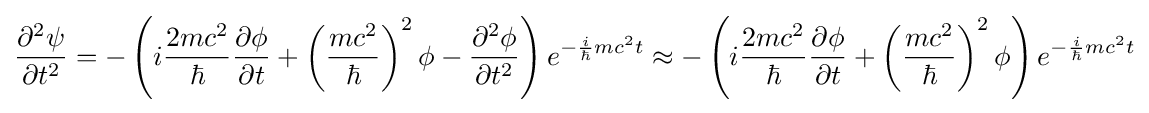
{\frac {\partial ^{2}\psi }{\partial t^{2}}}=-\left(i{\frac {2mc^{2}}{\hbar }}{\frac {\partial \phi }{\partial t}}+\left({\frac {mc^{2}}{\hbar }}\right)^{2}\phi -{\frac {\partial ^{2}\phi }{\partial t^{2}}}\right)e^{-{\frac {i}{\hbar }}mc^{2}t}\approx -\left(i{\frac {2mc^{2}}{\hbar }}{\frac {\partial \phi }{\partial t}}+\left({\frac {mc^{2}}{\hbar }}\right)^{2}\phi \right)e^{-{\frac {i}{\hbar }}mc^{2}t}